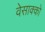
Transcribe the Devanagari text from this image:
वेसाक्को